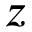
z